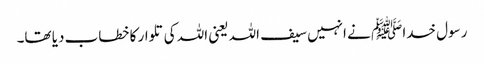
رسول خدا ﷺ نے انہیں سیف اللہ یعنی اللہ کی تلوار کا خطاب دیا تھا۔